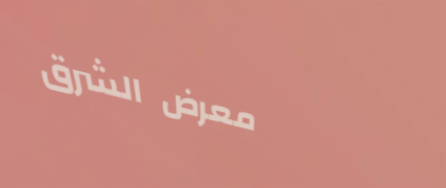
معرض الشرق